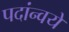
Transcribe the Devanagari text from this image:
पदांन्वये